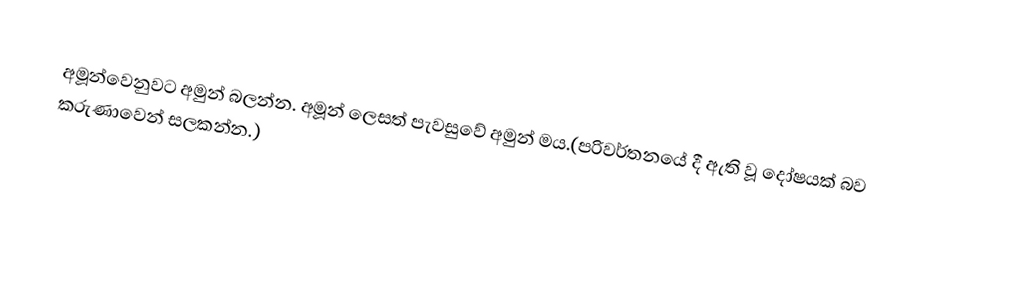
අමූන්වෙනුවට අමුන් බලන්න. අමූන් ලෙසත් පැවසුවේ අමුන් මය.(පරිවර්තනයේ දී ඇති වූ දෝෂයක් බව කරුණාවෙන් සලකන්න.)